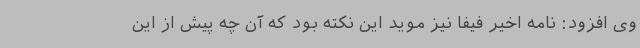
وی افزود: نامه اخیر فیفا نیز موید این نکته بود که آن‌ چه پیش از این